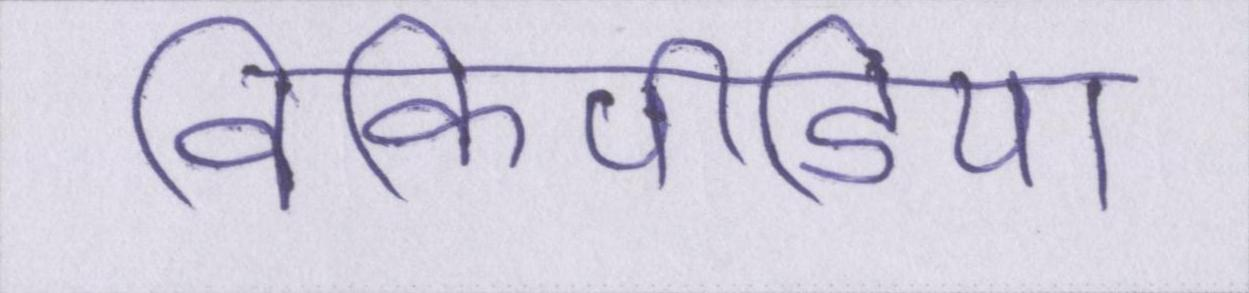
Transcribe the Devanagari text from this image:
विकिपीडिया